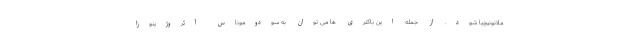
ملانونیچیا شود. از جمله این باکتری ها می توان به سودوموناس آئروژینوزا